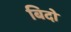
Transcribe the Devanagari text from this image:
बिदो